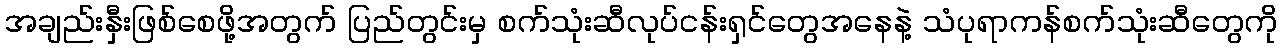
အချည်းနှီးဖြစ်စေဖို့အတွက် ပြည်တွင်းမှ စက်သုံးဆီလုပ်ငန်းရှင်တွေအနေနဲ့ သံပုရာကန်စက်သုံးဆီတွေကို